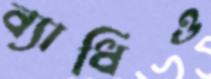
ব্যাধিও